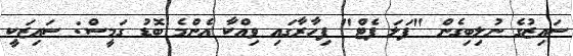
ސައިޒުގެ ނުލިބިގެން "ފަލަ ފެޓް" ފިހާރާގައި ވިއްކާ އެންމެ ބޮޑު ގަމީސް: ސައިޒަކީ